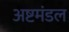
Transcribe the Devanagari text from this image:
अष्टमंडल